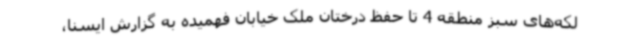
لکه‌های سبز منطقه 4 تا حفظ درختان ملک خیابان فهمیده به گزارش ایسنا،